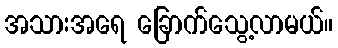
အသားအရေ ခြောက်သွေ့လာမယ်။